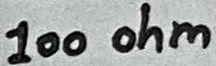
Text: 100 ohm